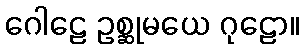
ဂေါဠေ ဥစ္ဆုမယေ ဂုဠော။